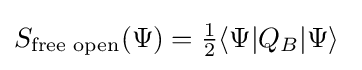
S_{\text{free open}}(\Psi )={\tfrac {1}{2}}\langle \Psi |Q_{B}|\Psi \rangle \